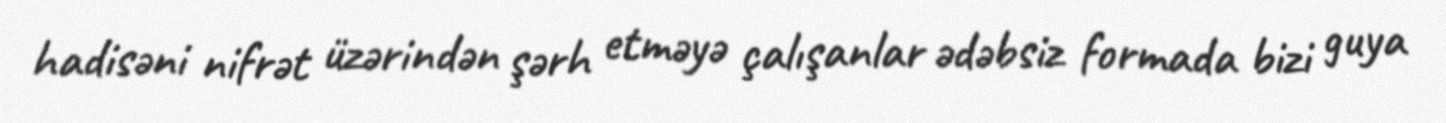
hadisəni nifrət üzərindən şərh etməyə çalışanlar ədəbsiz formada bizi guya